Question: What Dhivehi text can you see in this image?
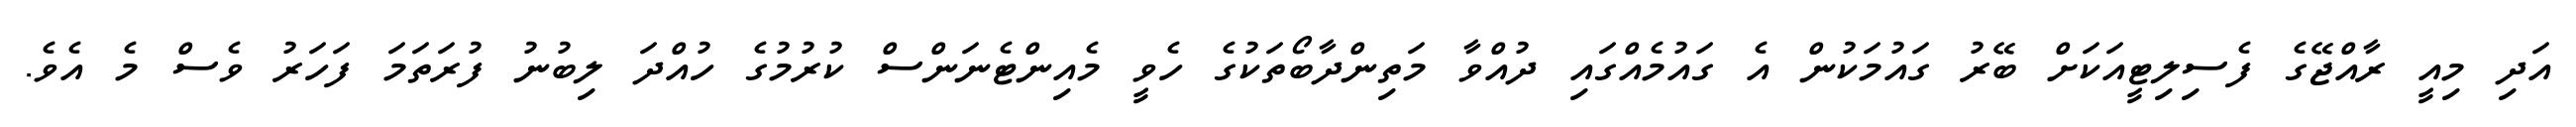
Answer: އަދި މިއީ ރާއްޖޭގެ ފެސިލިޓީއަކަށް ބޭރު ގައުމަކުން އެ ގައުމެއްގައި ދުއްވާ މަތިންދާބޯތަކުގެ ހެވީ މެއިންޓެނަންސް ކުރުމުގެ ހުއްދަ ލިބުނު ފުރަތަމަ ފަހަރު ވެސް މެ އެވެ.